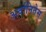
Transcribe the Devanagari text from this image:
अर्वानितेस